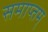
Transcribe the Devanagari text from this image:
समाप्तम्‌